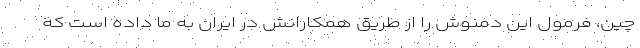
چین، فرمول این دمنوش را از طریق همکارانش در ایران به ما داده است که